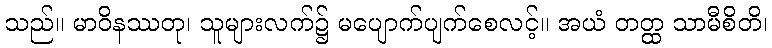
သည်။ မာဝိနဿတု၊ သူများလက်၌ မပျောက်ပျက်စေလင့်။ အယံ တတ္ထ သာမီစိတိ၊